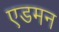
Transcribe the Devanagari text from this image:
एडमन